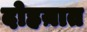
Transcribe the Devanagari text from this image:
दोहय़ात